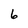
Character: 6